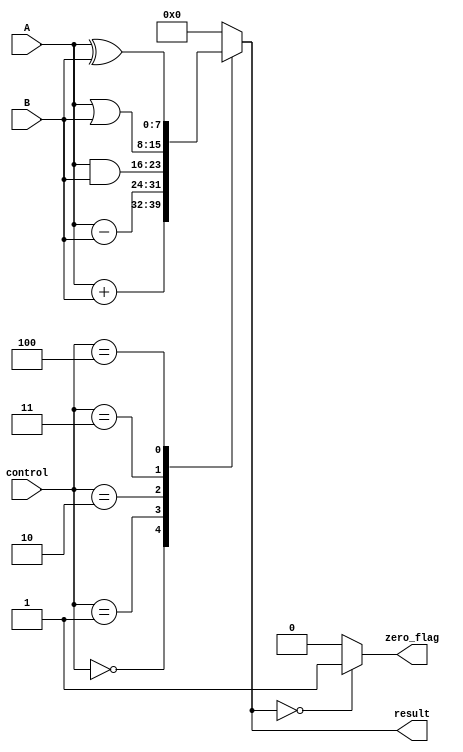
module ALU (
    input [7:0] A,
    input [7:0] B,
    input [2:0] control,
    output reg [7:0] result,
    output reg zero_flag
);

// Addition operation
always @(*) begin
    case (control)
        3'b000: result = A + B; // addition
        3'b001: result = A - B; // subtraction
        3'b010: result = A & B; // bitwise AND
        3'b011: result = A | B; // bitwise OR
        3'b100: result = A ^ B; // bitwise XOR
        default: result = 8'b0; // default case
    endcase

    if (result == 8'b0) begin
        zero_flag = 1;
    end else begin
        zero_flag = 0;
    end
end

endmodule